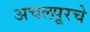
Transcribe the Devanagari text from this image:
अचलपूरचे